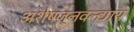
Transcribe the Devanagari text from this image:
अशेषजनवन्द्याय